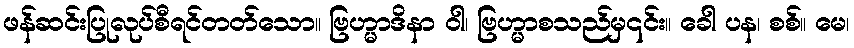
ဖန်ဆင်းပြုလုပ်စီရင်တတ်သော။ ဗြဟ္မာဒိနာ ဝါ၊ ဗြဟ္မာစသည်မှ၎င်း။ ခေါ ပန၊ စစ်။ မေ၊